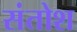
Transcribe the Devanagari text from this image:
संतोश